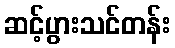
ဆင့်ပွားသင်တန်း